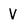
Character: V